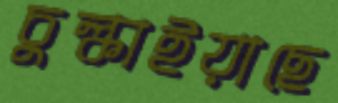
চুল্‌কাইয়াছে